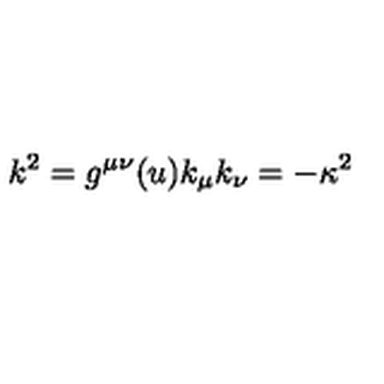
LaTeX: k ^ { 2 } = g ^ { \mu \nu } ( u ) k _ { \mu } k _ { \nu } = - \kappa ^ { 2 }